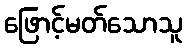
ဖြောင့်မတ်သောသူ